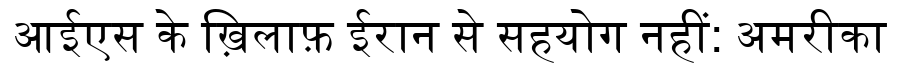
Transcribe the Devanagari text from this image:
आईएस के ख़िलाफ़ ईरान से सहयोग नहीं: अमरीका